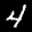
Label: 4